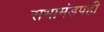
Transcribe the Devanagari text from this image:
सभामंडपही